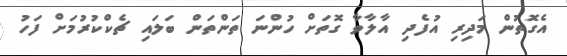
އެގޮތުން މަދިރި އުފެދި އާލާވާ ގޮތަށް ހުންނަ ތަންތަން ބަލައި ޗެކްކުރުމަށް ފަހު